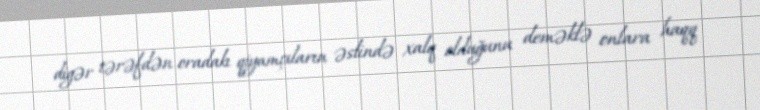
digər tərəfdən oradakı qiyamçıların əslində xalq olduğunu deməklə onlara haqq